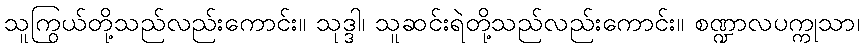
သူကြွယ်တို့သည်လည်းကောင်း။ သုဒ္ဒါ၊ သူဆင်းရဲတို့သည်လည်းကောင်း။ စဏ္ဍာလပက္ကုသာ၊